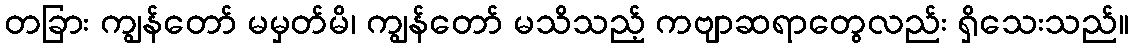
တခြား ကျွန်တော် မမှတ်မိ၊ ကျွန်တော် မသိသည့် ကဗျာဆရာတွေလည်း ရှိသေးသည်။